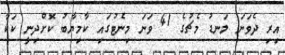
އިރި ދެވަނަ ލަނޑު މެޗުގެ 41 ވަނަ މިނެޓުގައި ކާމިޔާބު ކޮށްދިނީ ކަކާ